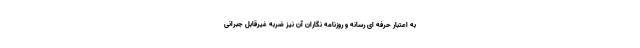
به اعتبار حرفه ای رسانه و روزنامه نگاران آن نیز ضربه غیرقابل جبرانی